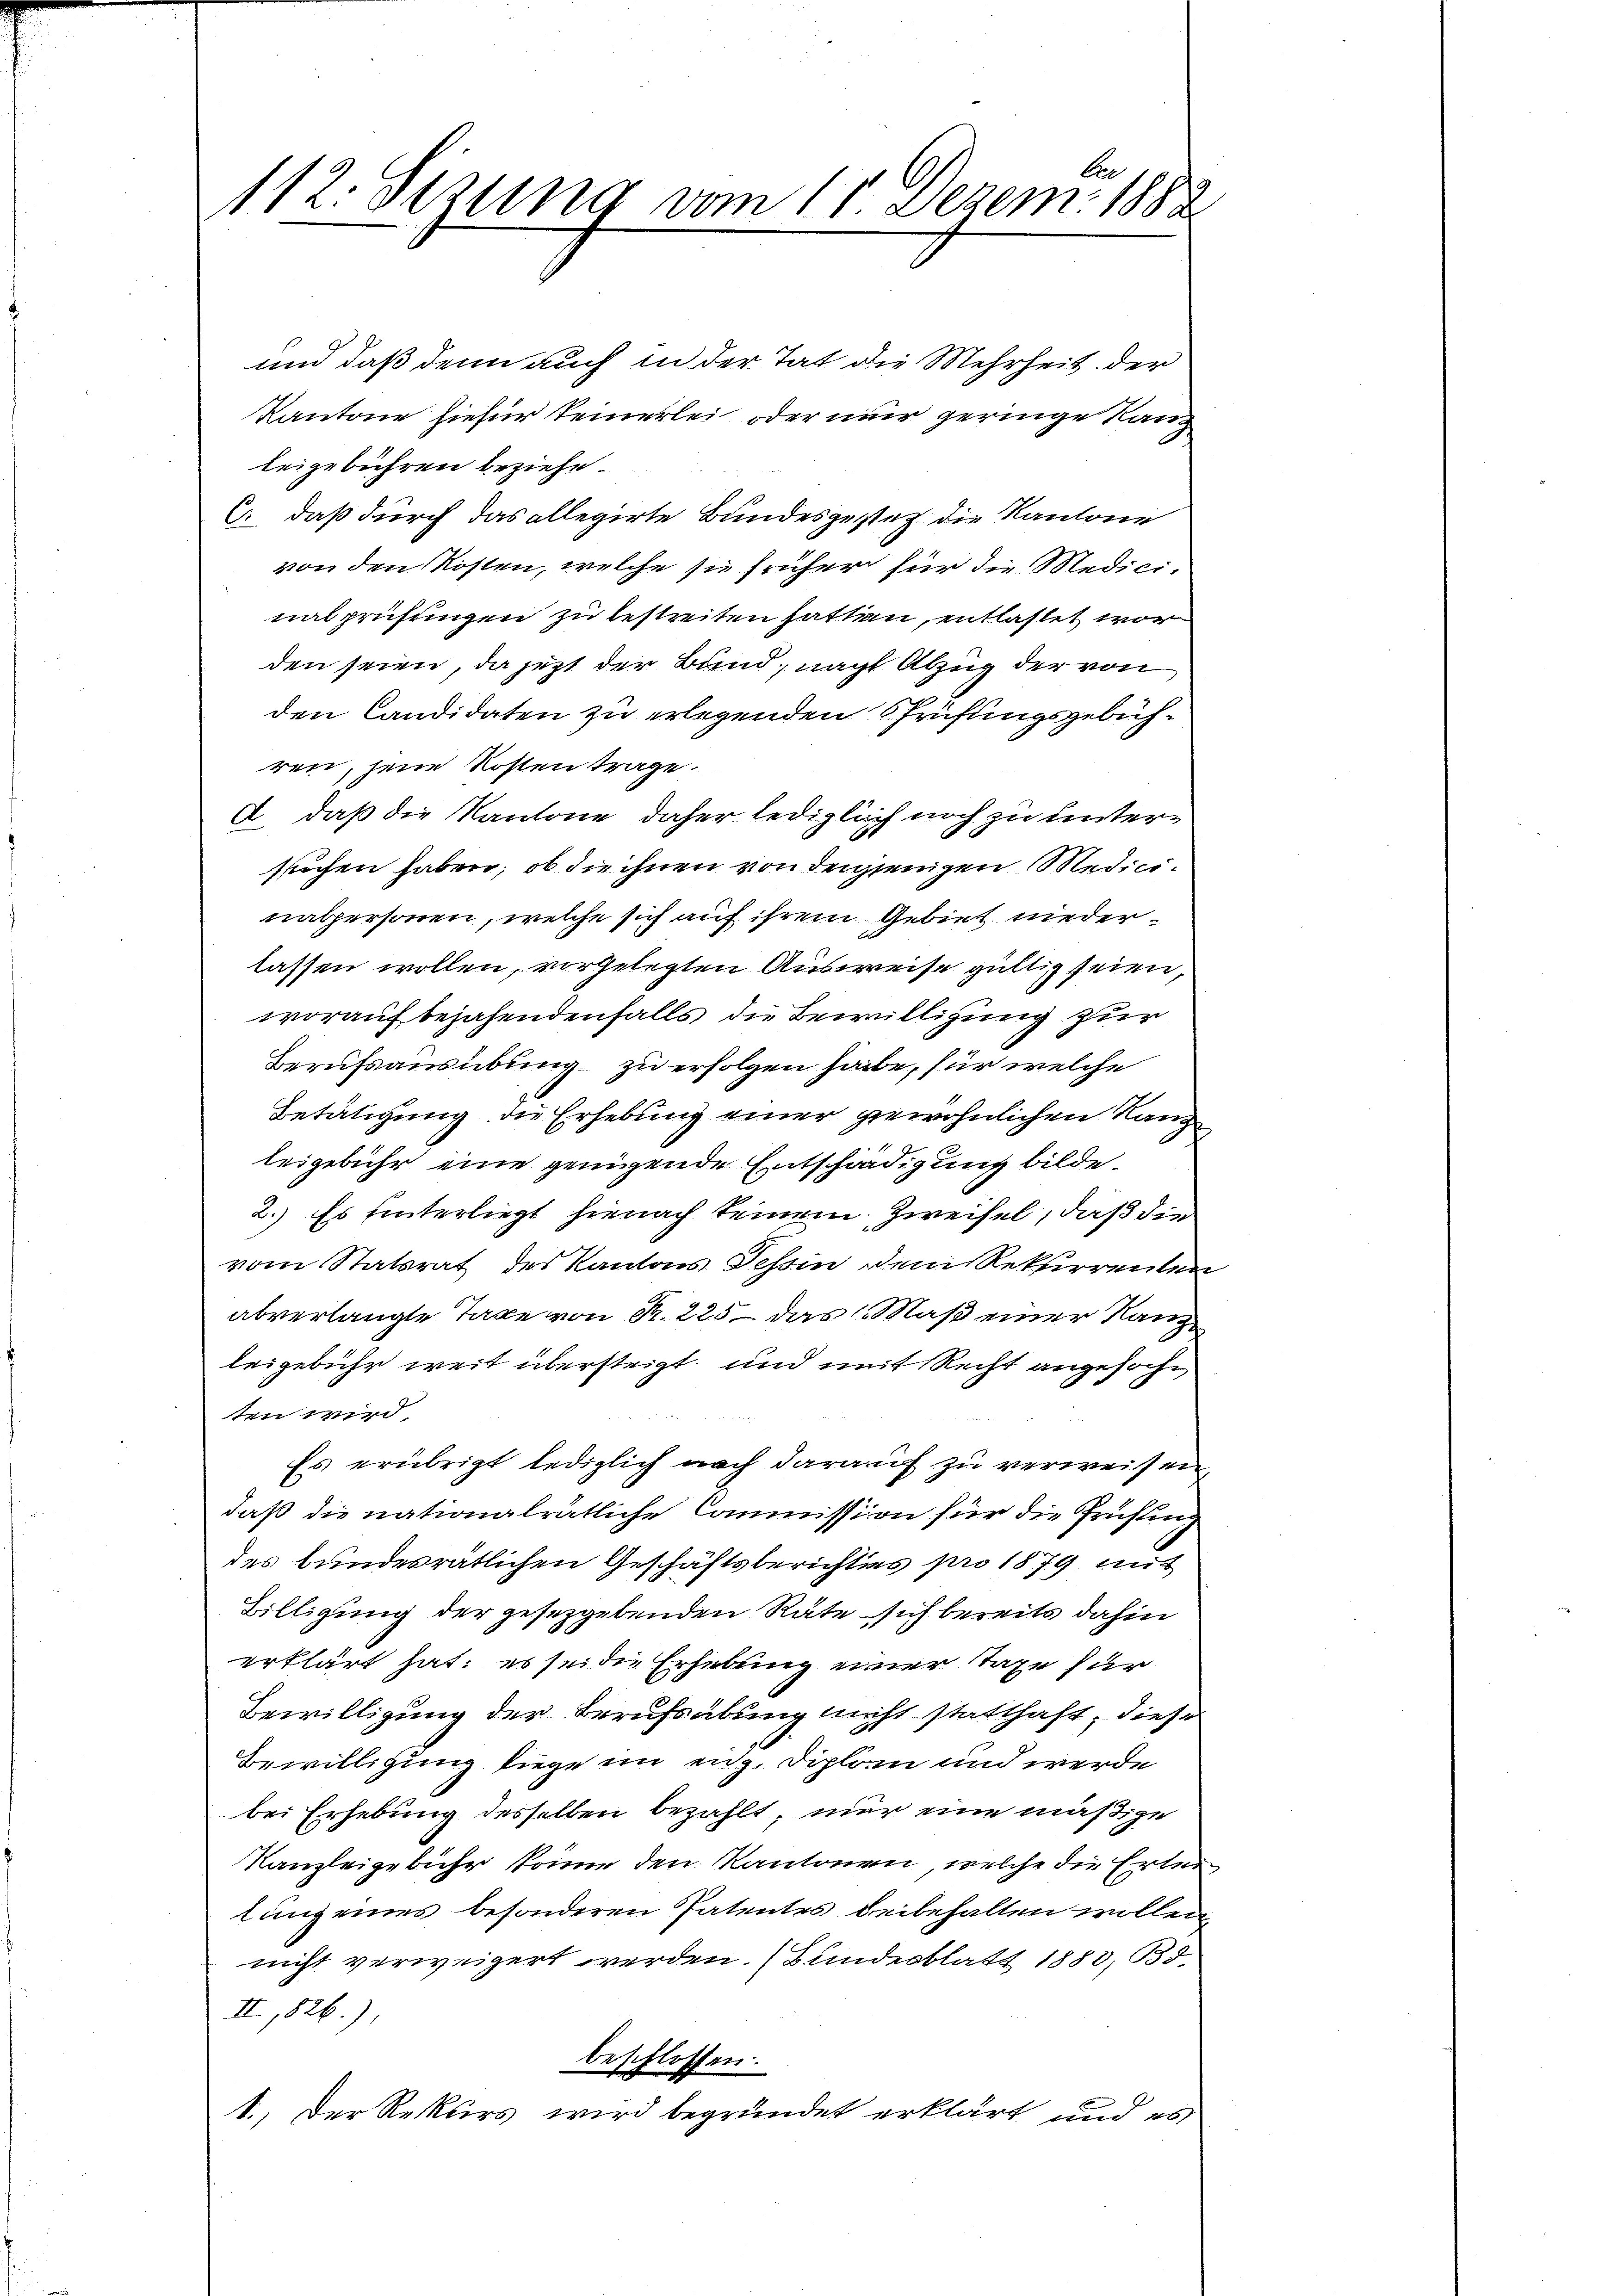
C
112. Sizung vom 11. Dezem. 1882

und daß denn auch in der Tat die Mehrheit der
Kantone hiefür seinerlei oder nur geringe Kanzleigebühren beziehe
C: daß durch das allegirte Bundesgester die Kantone
von den Kosten, welche sie früher für die Medicinalprüfungen zu bestreiten hatten, entlastet wor
den seien, da jezt der Band, nach Abzug der von
den Candidaten zu erlegenden Prüfungsgebühren, jene Kosten trage.
A daß die Kantone daher lediglich noch zu unterstuchen haben, ob die ihnen von derjenigen Medicinalpersonen, welche sich auf ihrem Gebiet niederlassen wollen, vorgelegten Ausweise gültig seien,
worauf bejahendenfalls die Bewilligung zur
Berufsausübung zu erfolgen habe, für welche
Betätigung, die Erhebung einer gewöhnlichen Range
leigebühr eine genügende Entschädigung bilde.
2.) Es hinterliegt hienach seinem Zweifel, daß die
vom Statsrat des Kantons Tessin dem Rekurrenten
abverlangte Taxe von R. 225 – das Maß einer Rang
leigebühr weit übersteigt, und mit Recht angefochten wird.
Es erübrigt lediglich nach darauf zu verweisen,
daß die nationalrätliche Commission für die Prüfung
des bundesrätlichen Geschäftsberichtes pro 1879 mit
Billigung der gesetzgebenden Räte sich bereits dahin
erklärt hat; es sei die Erhebung einer Taxe für
Bewilligung der Berufsübung nicht statthaft, diese
Bewilligung liege im eng. Diplom und werde
bei Erhebung desselben bezahlt, nur eine mäßige
Kanzleigebühr könne den Kantonen, welche die Erterlung eines besonderen Patentes beibehalten wollen,
nicht verweigert werden. (Bundesblatt 1883, Bd.
II,826),
beschlossen:
F
1.) Der Rekurs wird begründet erklärt und es